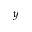
y